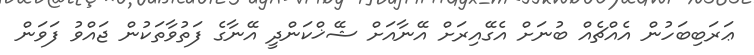
ޢަރަބިބަހުން އެއްޗެއް ބުނަށް އެގޭއިރަށް އޭނާއަށް ޝޭޚްކަންދީ އޭނާގެ ފަތުވާތަކުން ޖައްވު ފަވަން